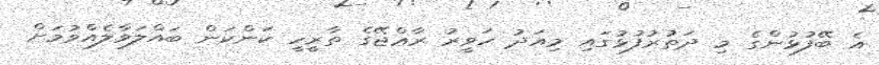
އެ ބޭފުޅުންގެ މި ދަތުރުފުޅުގައި މިއަދު ހަވީރު ރާޢްޖޭގެ ތާރީހީ ކަންކަން ބައްލަވާލެއްވުމަށް